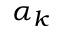
\alpha _ { k }